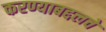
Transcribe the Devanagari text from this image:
करण्याबद्दलचे